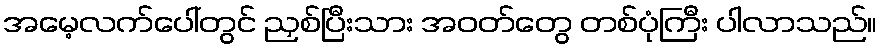
အမေ့လက်ပေါ်တွင် ညှစ်ပြီးသား အဝတ်တွေ တစ်ပုံကြီး ပါလာသည်။